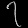
Digit: ၇